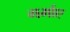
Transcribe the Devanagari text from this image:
गर्माए